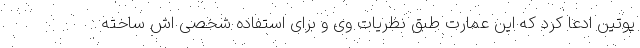
پوتین ادعا کرد که این عمارت طبق نظریات وی و برای استفاده شخصی اش ساخته